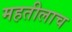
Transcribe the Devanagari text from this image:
महतीलाच